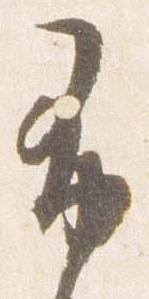
布